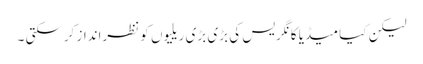
لیکن کیا میڈیا کانگریس کی بڑی بڑی ریلیوں کو نظرانداز کرسکتی ۔